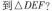
到△ D E F?